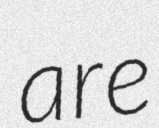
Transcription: are